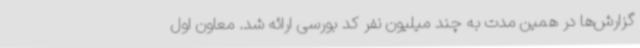
گزارش‌ها در همین مدت به چند میلیون نفر کد بورسی ارائه شد. معاون اول